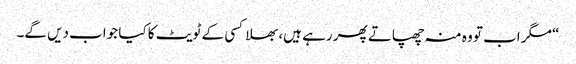
“ مگر اب تو وہ منہ چھپاتے پھر رہے ہیں، بھلا کسی کے ٹویٹ کا کیا جواب دیں گے۔